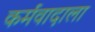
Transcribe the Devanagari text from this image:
कर्मवादाला